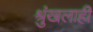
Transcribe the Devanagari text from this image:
श्रुंखलाही